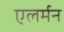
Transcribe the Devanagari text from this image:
एलर्मन